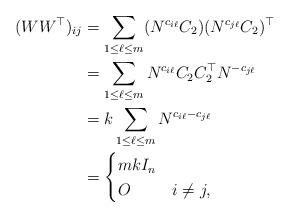
LaTeX: \begin{align*}(WW^\top)_{ij}&=\sum_{1\leq \ell \leq m} (N^{c_{i\ell}}C_2)(N^{c_{j\ell}}C_2)^\top\\&=\sum_{1\leq \ell \leq m} N^{c_{i\ell}}C_2C_2^\top N^{-c_{j\ell}}\\&=k\sum_{1\leq \ell \leq m} N^{c_{i\ell}-c_{j\ell}} \\&=\begin{cases}m kI_n & \\O & i\neq j, \end{cases}\end{align*}